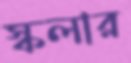
স্কলার